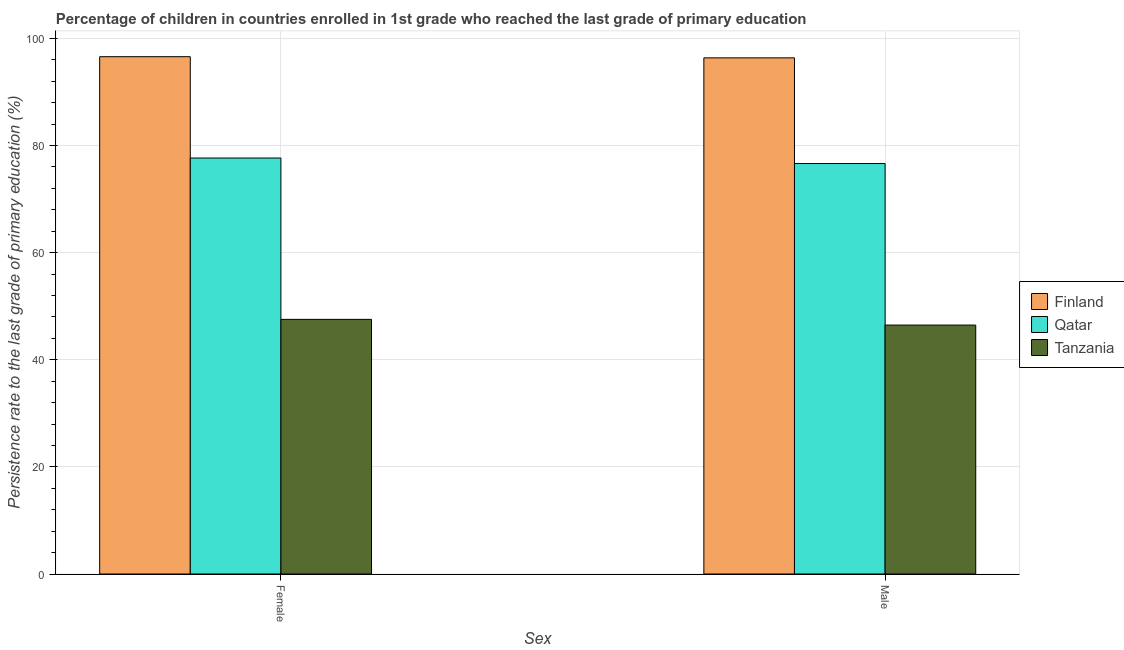
| Sex | Finland | Qatar | Tanzania |
 | --- | --- | --- | --- |
 | Female | 96.6 | 77.7 | 47.5 |
 | Male | 96.4 | 76.6 | 46.5 |